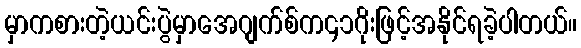
မှာကစားတဲ့ယင်းပွဲမှာအေဂျက်စ်က၄၁ဂိုးဖြင့်အနိုင်ရခဲ့ပါတယ်။